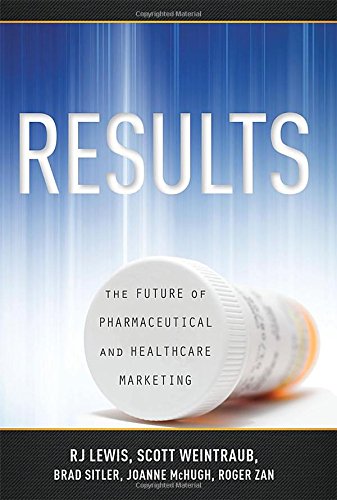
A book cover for RESULTS: The Future Of Pharmaceutical And Healthcare Marketing; Scott Weintraub; Business & Money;